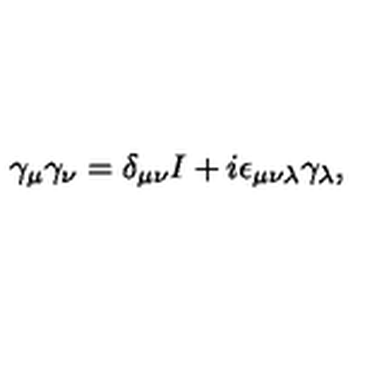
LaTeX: \gamma _ { \mu } \gamma _ { \nu } = \delta _ { \mu \nu } I + i \epsilon _ { \mu \nu \lambda } \gamma _ { \lambda } ,